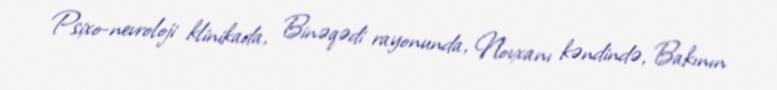
Psixo-nevroloji klinikada, Binəqədi rayonunda, Novxanı kəndində, Bakının